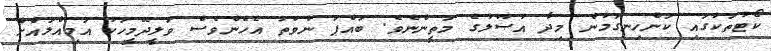
ކޯޓުތަކުގައި ކަންހިނގަމުން މިދާ އުޞޫލުގެ މަތީންނެވެ. ބައްޕަ ނުވަތަ އެހެންވެސް ވަލީދޭމީހަކު އަމިއްލައްށް